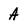
Character: A